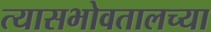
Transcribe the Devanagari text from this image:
त्यासभोवतालच्या